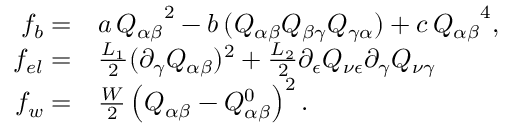
\begin{array} { r l } { f _ { b } = } & { { } a \, { Q _ { \alpha \beta } } ^ { 2 } - b \, ( Q _ { \alpha \beta } Q _ { \beta \gamma } Q _ { \gamma \alpha } ) + c \, { Q _ { \alpha \beta } } ^ { 4 } , } \\ { f _ { e l } = } & { { } \frac { L _ { 1 } } { 2 } ( \partial _ { \gamma } Q _ { \alpha \beta } ) ^ { 2 } + \frac { L _ { 2 } } { 2 } \partial _ { \epsilon } Q _ { \nu \epsilon } \partial _ { \gamma } Q _ { \nu \gamma } } \\ { f _ { w } = } & { { } \frac { W } { 2 } \left( Q _ { \alpha \beta } - Q _ { \alpha \beta } ^ { 0 } \right) ^ { 2 } . } \end{array}